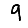
Digit: 9